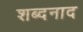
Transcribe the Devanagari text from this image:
शब्दनाद